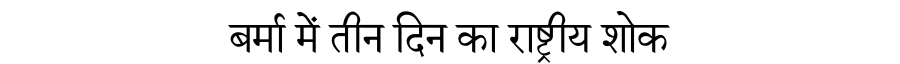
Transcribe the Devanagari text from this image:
बर्मा में तीन दिन का राष्ट्रीय शोक